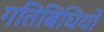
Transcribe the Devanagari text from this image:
गतिबिधियों